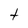
Character: t